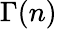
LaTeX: \Gamma(n)